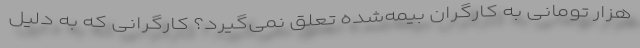
هزار تومانی به کارگران بیمه‌شده تعلق نمی‌گیرد؟ کارگرانی که به دلیل